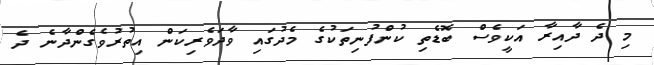
މި ދެ ދާއިރާ އަކީވެސް ބޮޑެތި ކުންފުނިތަކުގެ މެދުގައި ވާދަވެރިކަން އިތުރުވެގެންދާނެ ދެ